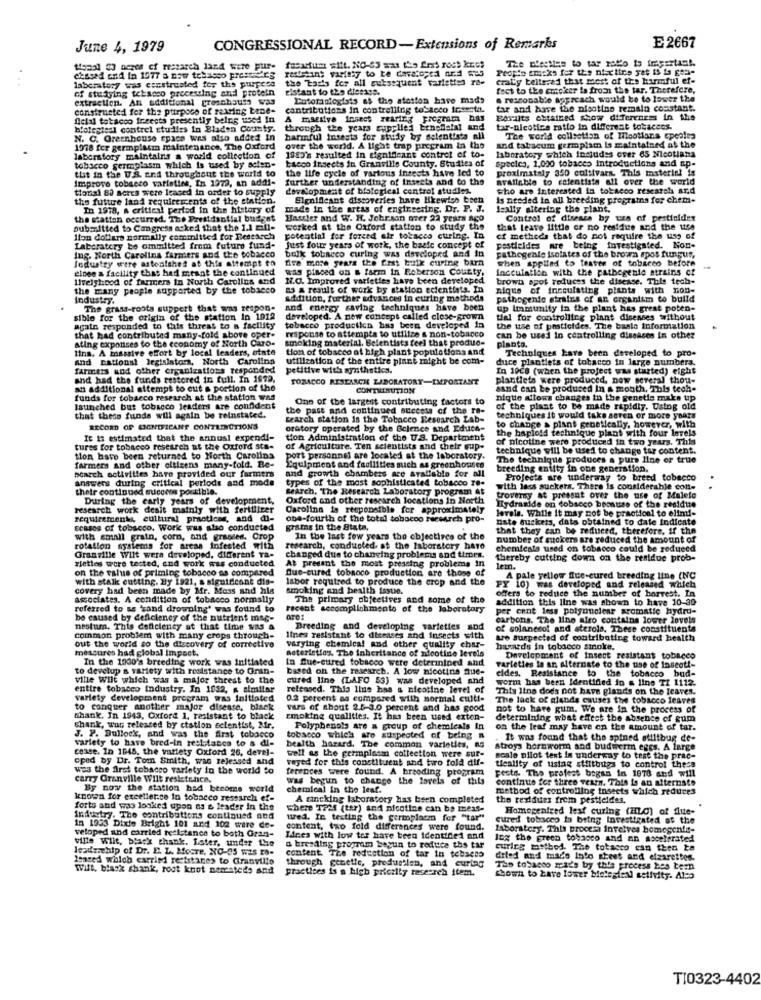
June 4, 1979
CONGRESSIONAL RECORD-Extensions of Remarks
E 2667
The Dieetles to tar raco to iresertas !.
topal 03 negos of reszarch land were pur-
fusarium sitt. NO-63 was the Art ross kiss
resistant varitty to be developed nr.d we5
Propio tracks for the nixx tico yet IS ia gta-
chased cnd in 1577 a new telasso pressiers
laboratory was cesstrusted for the purpose
the 'Lad's for all subsequent varieties ra-
craty telle;ed that most of the harmful ef-
of studying teksoco processing and protein
Eistant to the dietare.
fect to the cuteker ia from the tar. Therefore,
extraction. An additional freschisuis was
Cotoranlogists as the station have mads
a reasonable agpreach would be to lower the
constructed for the ptirpoco of rearing tene-
contributions in controlling tobacco icsesta.
tar and have the nisotino remain constant.
Acial tobacco freects presently being used in
A massive insect rearing program has
Foraits obtained show difereness in the
blotestesl contrel studies in Bladen County.
through the years supplied benehelal and
tar-nieotice ratio in different tobaccos.
N. C. Greenhouse space was also added in
harmful insests for study by scientists all
The world collection of Meatians cpeales
1978 fer germplasm maintenance, The Oxford
over the world. A light trap program in the
and tabacum germplam is maintained at the
laboratory which includes over 65 Nicotiana
laboratory maintains a world collection of
1980's resulted in significant control of to-
bacco insects in Granville County. Studies of
species, 1,000 tobacco introductions and ap-
tobacco germplasm which is used by solen-
the life cycle of various insects have led to
proximately 350 cultivars. This material is
Improve tobacco varieties, In 1979, an addi-
tut in the U.S. and throughout the world to
further understanding of Insects and to the
available to ccientists all over the world
tional 80 seres were leased in order to supply
development of biological control studies.
who are interested in tobacco research and
the future land requirements of the station.
Elgnifcant discoveries have likewise been
is needed in all breeding programa for chem-
In 1978, a critical period in the history of
made in the areas of engineering, Dr. F. J.
Ically altering the plant.
the stattan occurred. The Presidential budget
Hassler and W. H. Johrson orer 22 years ago
Control of disease by us of pesticides
submitted to Congress acked that the 1.1 mill-
worked at the Oxford station to study the
that leave little or no residue and the use
lion dollars normally committed for Research
potential for forced air tobacco curing. In
cf metheds that do not require the use of
Laberatery be ommitted from futuro fund-
Just four years of work, the basic concept of
pesticides are being investigated. Non-
Jedustry were astonishes at this attempt to
Ing. North Carolina farmers and the tobacco
bulk tobacco curing was developed and in
fire more years the first buik ewine barn
pathogenle isolates of the brown spos fungus,
when applied to teater of tobacco before
close & facility that had meant the continued
was placed on a farm in Roberson County,
Incculation with the pathegenie atrains cf
livelyhood of farmers in North Carolina and
N.O. Improved varieties have been developed
brown spot reduces the disease. This tech-
the many people supported by the tobacco
as a result of work by station ecientiats. In
nique of inceulating plants with non-
Industry,
addition, further advances in curing methods
pathogente strains of An organism to build
The grass-roots suppert that was respon-
and energy saving techniques have been
up Immunity in the plant has great poten-
sible for the origin of the station In 1912
developed. A new concept called close-grown
tial for controlling plant disenses without
agata responded to this threat to a facility
response to attempts to utliize & non-tobacco
tobacco productkn has been developed In
the use of pesticides. The basla information
ating exponses to the economy of North Caro-
that had contributed many-fold above oper-
smoking material. Belentists feel that produc-
can be used in controlling diseases in other
planto.
tina, A massive effort by local leaders, state
tion of tobacco of high plant populations and
Techniques have been developed to pro-
and national legislators, North Carolina
utilization of the entire plant might be com-
duce plantlets of tobacco in large numbers.
farmers and other organizations responded
petitive with synthetics.
In 1008 (when the project was started) eight
and had the funds restored in full. In 1979.
TOBACCO RESEARCH LABORATORY-IMPORTANT
plantiets were produced, now several thou-
an additional attempt to cut a portion of the
CONTRIBUTION
sand can be produced In a mouth, This tech-
funds for tobacco research at the station was
One of the largest contributing factors to
nique allows changes in the genetie make up
launched but tobacco leaders are confident
the past and continued success of the re-
of the plant to be made rapidly. Using old
that these funds will again be reinstated.
Learch station is the Tobacco Research Lab-
techniques it would take seren or more years
RECORD OF SIGNIFICANT CONTRENOTIONS
oratory operated by the Bolence and Educa-
the haploid technique plant with four levels
to change & plant genetically, however, with
It is estimated that the annual expendi-
tion Administration of the U.S. Department
of nicotine were produced in two years. This
tures for tobacco research at the Oxford sta-
of Agriculture. Ten scientists and their sup-
technique will be used to change tar content.
tion have been returned to North Carolina
port personnel are located at the laboratory.
The technique produces a purs line or true
farmers and other olilsens many-fold. Be-
search activities have provided our farmers
Equipment and facilities such as greenhouses
and growth chambers are Available for all
breeding entity in one generation,
answers during critical periods and mode
types of the most sophisticated tobacco re-
Projects are underway to breed tobacco
their continued success possible.
Search, The Research Laboratory program at
with less suckers. There is considerable con-
During the early years of development,
Oxford and other research locations In North
troversy at pressat over the use of Malele
research work deait mainly with fertilizer
Carolina is responsible for approximately
levels. While it may not be practical to elimi-
Hydrazide on cobseco because of the residue
requirements, cultural practices, and di-
obe-fourth of the total tobacoo recearch pro-
niste suckers, dais obtained to date Indicate
scases of tobacco. Woric was also conducted
grams in the Stata.
that they can be reduced, therefore. if the
with small grain, corn, and grasses, Crop
In the last few years the objectince of the
number of mokers are reduced the amount of
rotation systems for arcas infested with
research, conducted, at the laboratory haro
chemicals used on tobacco could be reduced
Granville Wilt were developed, different Ya-
rieties were tested, and work was conducted
At present the most pressing problems in
changed due to changing problems and times.
thereby cutting down on the residue prob-
on the value of priming tobacco as compared
Que-cured tobaoco production are those of
lem.
with stalk cutting. By 1921, a significant dis-
labor required to produce the crop and the
A pale yellow fue-cured breeding line (NC
covery had been made by Mr. Moss and his
smoking and health issue.
offers to reduce the number of horrest. In
PY 10) was developed and released watch
associates. A condition of tobacco normally
The primary objectives and some of the
addition this line was shown to have 10-30
referred to as 'sand drowning' was found to
recent accomplishments of the laboratory
per cent less polynuclear aromatie hydru-
a to have 10-30
be caused by deficiency of the nutrient mag-
AT01
carbons. The line siro containa lower levels
nestum. This deficiency at that time was a
Breeding and developing varieties sod
of solanesol and sterola. These constituents
common problem with many crops through-
lines resistant to diseases and Insects with
tre suspected of contributing toward health
out the world so the discovery of corrective
measures had global Impact.
varying chemical and other quality char-
asteristios. The inheritance of nicotine levels
hards in tobacco smoke.
In the 1000's breeding work was initiated
In Que-cured tobacco were determined and
Development of Insect resistant tobacco
to develop a variety with resistance to Gran-
based on the research. A low nicotine que-
eldes. Resistance to the tobacco bud-
varieties is an alternate to the use of Insect !-
ville Wilt which was a major threat to the
cured line (LAFO 53) was developed and
worm has been Identified in & ling TI 1112.
entire tobacco industry. In 1032, a similar
released. This line has & nicotine level of
This line does not have glands on the leaves.
variety development program was initiated
0.2 percent as compared with normal culti-
The lack of alands causes the tobacco leaves
to conquer another major diseste, black
vers of shout 2.5-3.0 percent and has good
not to hare gum. We are in the process of
shank. In 1943, Oxford 1. resistant to black
smoking qualities. It has been used exten-
determining what effect the absence of gum
shank, was released by ctation scientist, Mr.
Polyphenols are a group of chemicals In
on the leaf may have on the amount of tar.
J. P. Bullock, and was the first tobacco
variety to have bred-in resistance to s di-
tobacco which are suspected of being n
It was found that the spined stiltbug de-
cease. In 1948. the variety Oxford 26, devel-
health hazard. The common varieties, ng
well as the germplosm collection were sur-
stroys hornworm and budwerm eggs. A large
cped by Dr. Tom Smith, was released and
voyed for this constituent and two fold dif-
scale pilot text is underway to test the prac-
was the first tobacco variety in the world to
ferences were found. A breeding program
Feste The profess began in 1978 and will
tieality of using stiltbugs to control thess
carry Granville Wilt resistence.
was begun to change the loveis of this
continue for three Testn. This is an alternate
By now the station had become world
chemical in the leaf.
method of controlling insects which reduces
known for excellet:co In tobacco research ef-
A rincking laboratory has been completed
the textdurs frem pesticides,
forts and was looked upon as & leader in the
There TP25 (ter) and nicotine can be mess-
Homogenfred lest curing (HLC) of flue-
Industry. The contributions continued and
wed. In testing the germplacm for "tar"
cured tobacco Is being Investigated of the
in 1953 Dixie Bright 101 and 102 wire de-
content, two fold differences were found.
laboratory. This procesa involves homogenfe-
ville Wilt, black thank. Later, under the
veloped and carried resistance to both Gran-
Lines with low tor have been identified and
Ing the green tobacco and an accelerated
Isadamchip of Dr. E. L. MOCTE, NO-95 WAS ES-
& breeding program beyun to reduce the tar
curing method. The tobacco esq then ta
leased whloh carried reetstines to Granville
content. The reduction of tar in tobacco
through genetic, predurtlen, and curtag
diled and made Into sheet and elzarettes.
Will. black shank, root knot nemsteds and
practices is a high priority research item.
The tobacco made by this process bes bern
shown to have lower biologienl activity. Alco
T10323-4402